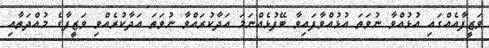
ވަޒީފާއެއްގައި އުޅުއްވާ ނުވަތަ އުޅުއްވާފައިވާ ބޭފުޅެއްނަމަ އަދާކުރައްވާ ނުވަތަ އަދާކުރެއްވި ވަޒީފާގެ މުއްދަތާއި